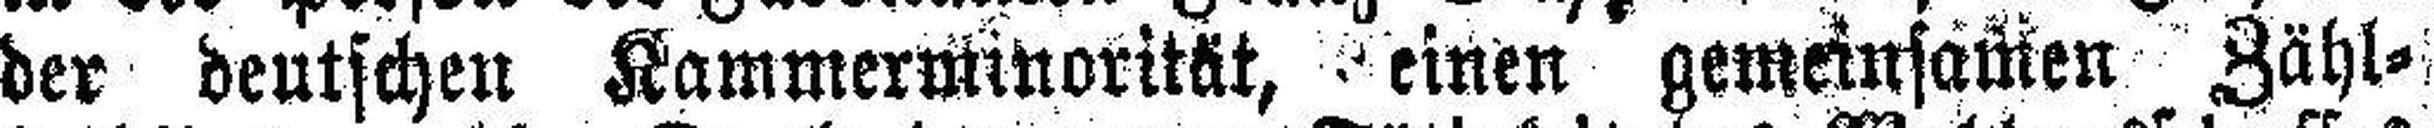
der deutschen Kammerminorität, einen gemeinsamen Zähl¬